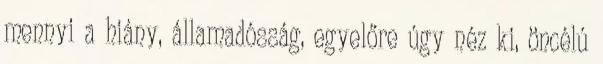
mennyi a hiány, államadósság, egyelőre úgy néz ki, öncélú